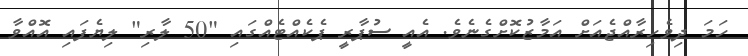
ހަމަ ދިވެހިރާއްޖެއަށް އަމާޒުކޮށްގެނެވެ. އެއީ ސުޕާރީ ޕެކެއްޓެއްގައި "50 ލާރި" ލިޔެފައި އޮއްވާ